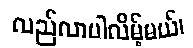
လည်လာပါလိမ့်မယ်၊